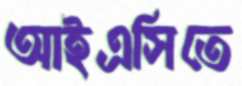
আইএসিতে